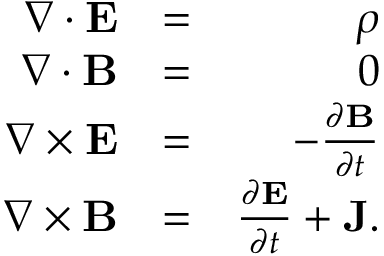
\begin{array} { r l r } { \nabla \cdot \mathbf { E } } & { = } & { \rho } \\ { \nabla \cdot \mathbf { B } } & { = } & { 0 } \\ { \nabla \times \mathbf { E } } & { = } & { - \frac { \partial \mathbf { B } } { \partial t } } \\ { \nabla \times \mathbf { B } } & { = } & { \frac { \partial \mathbf { E } } { \partial t } + \mathbf { J } . } \end{array}